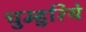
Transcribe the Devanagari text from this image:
चुम्हुरिये